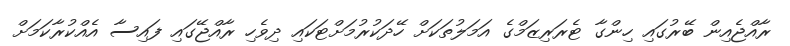
ރާއްޖެއިން ބޭރުގައި ހިންގާ ޓެރަރިޒަމްގެ އަމަލުތަކަށް ހޭދަކުރުމަށްޓަކައި ދިވެހި ރާއްޖޭގައި ފައިސާ އެއްކުރާކަމަށް